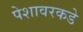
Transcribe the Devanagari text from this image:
पेशावरकडे